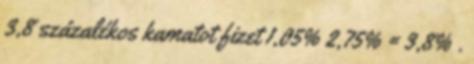
3,8 százalékos kamatot fizet 1,05% 2,75% = 3,8% .